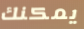
يمكنك